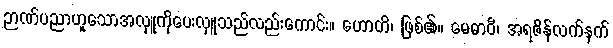
ဉာဏ်ပညာဟူသောအလှူကိုပေးလှူသည်လည်းကောင်း။ ဟောတိ၊ ဖြစ်၏။ မေဓာဝီ၊ အရဇိန်လက်နက်